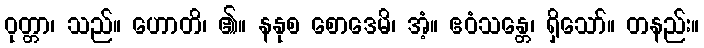
ဝုတ္တာ၊ သည်။ ဟောတိ၊ ၏။ နနုစ စောဒေမိ၊ အံ့။ ဧဝံသန္တေ၊ ရှိသော်။ တနည်း။